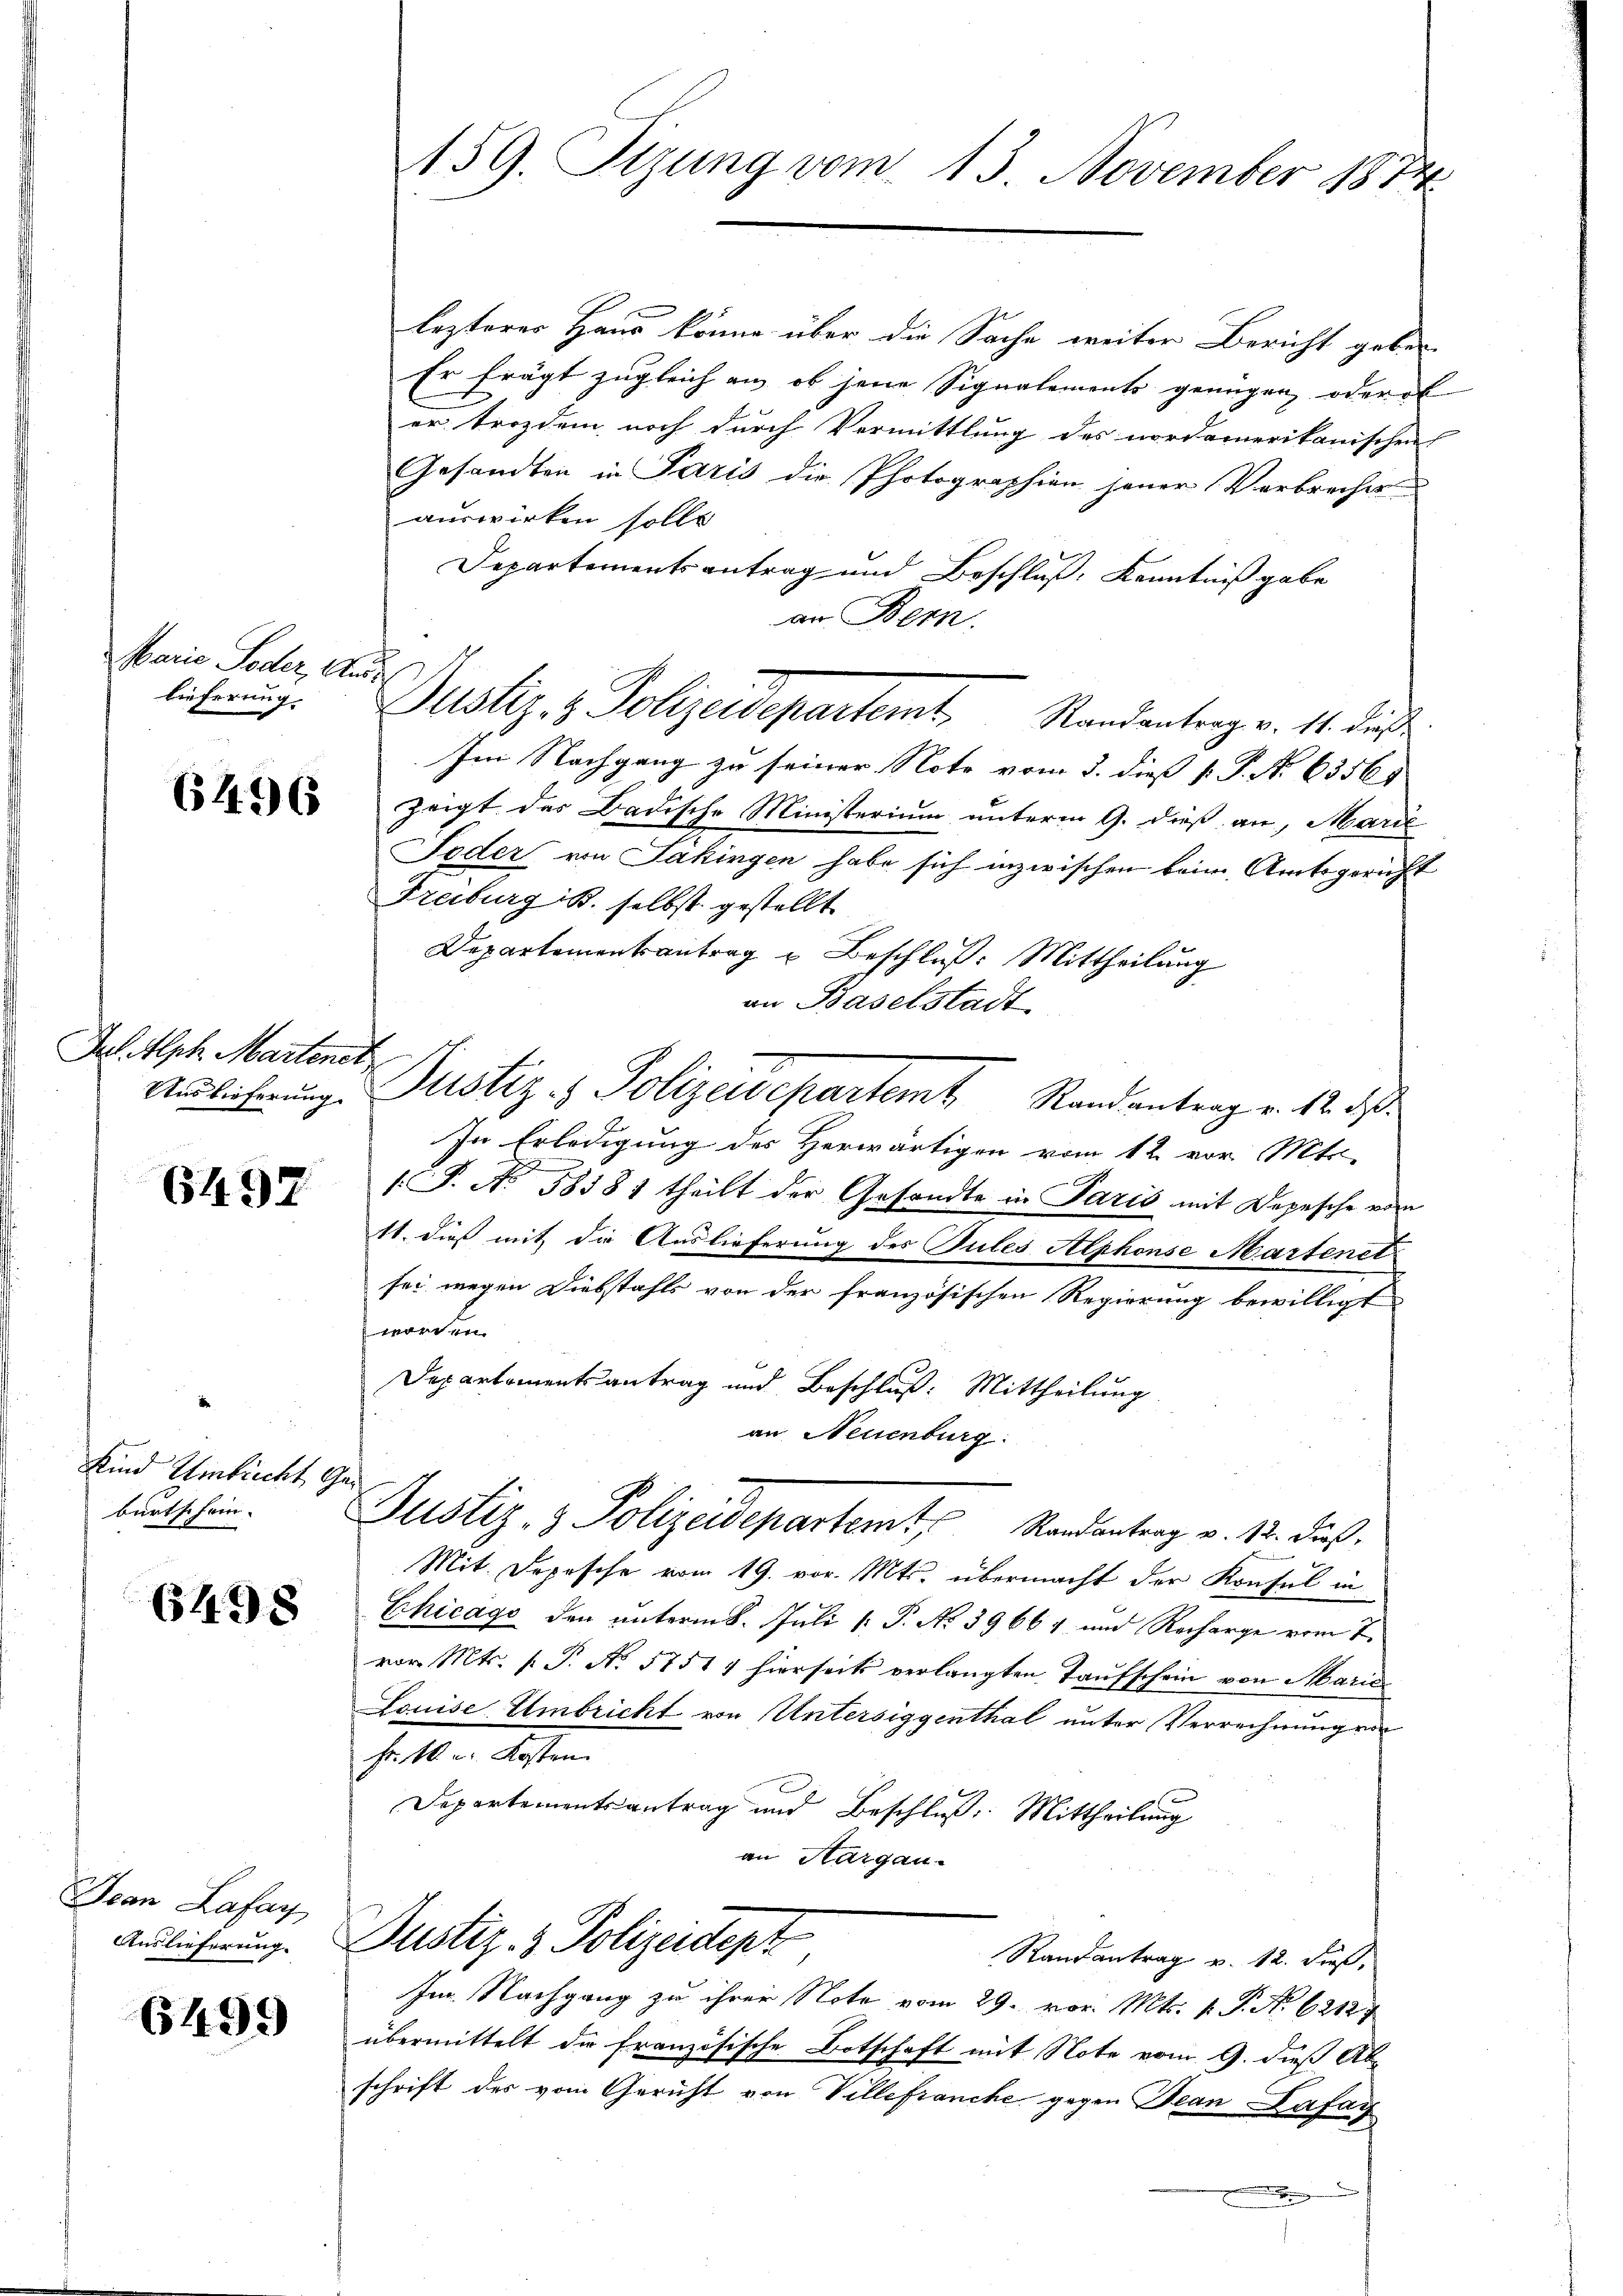
Marie Toder, Auss
lieferung

64. 16

Jun. Alph Martenst

6492

Kind Umbicht Ge
burtschein.

6498

Jean Lafay
Auslieferung.

6499

159. Sizung vom 13. November 1874

lezteres Haus könne über die Sache weiter Bericht geben
Er frägt zugleich an, ob jene Signalements genügen, oder of
er trozdem noch durch Vermittlung des nordamerikanischen
Gesandten in Paris die Photographien jener Verbrecher
auswirken sollt
Departementsantrag und Beschluß, Kenntniß gabe
an Bern,
Justiz- & Polizeidepartemt, Randantrag v. 11. dies
Im Nachgang zu seiner Note vom 2. dieß P. P. Nr. 6356.
zeigt des Badische Ministerium unterm 9. dieß an, Marie
Foder von Jäkingen habe sich inzwischen beim Amtsgericht
Freiburg B. selbst gestellt
Departementsantrag u Beschluß: Mittheilung
an Baselstadt
Undlicherung. Justiz- & Polizeidepartemt Randantrag v. 12. ds.
In Erledigung des Herwärtigen vom 12. vor. Mts.
/S. No 58581 theilt der Gesandte in Paris mit Depesche von
11. dieß mit die Auslieferung des Jules Alphonse Martenet
sei wegen Diebstahls von der französischen Regierung bewilligt
worden.
Departementsantrag und Beschluß: Mittheilung
an Neuenburg:
Justiz- & Polizeidepartemt, Randantrag v. 12. dieß.
Mit Depesche vom 19. vor. Mts. übermacht der Konsul in
Chicago den unterm 8. Juli [ P. No 39664 und Recharge vom 7.
vor. Mts. p. P. No 5751 1 hierseits verlangten Taufschein von Marie
Louise Umbricht von Untersiggenthal unter Verrechnung von
Gelben Seiten.
Departementsantrag und Beschluß. Mittheilung
an Aargau.
Justiz- & Polizeident,
Randantrag v. 12. dieß,
Im Nachgang zu ihrer Note vom 29. vor. Mts. v. P. No 6212
übermittelt die französische Botschaft mit Note vom 9. dieß Ab-
schrift des vom Gericht von Villefranche gegen Jean Lafay
t